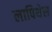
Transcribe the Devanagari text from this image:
लापिथेस